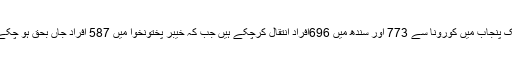
اب تک پنجاب میں کورونا سے 773 اور سندھ میں 696افراد انتقال کرچکے ہیں جب کہ خیبر پختونخوا میں 587 افراد جاں بحق ہو چکے ہیں۔